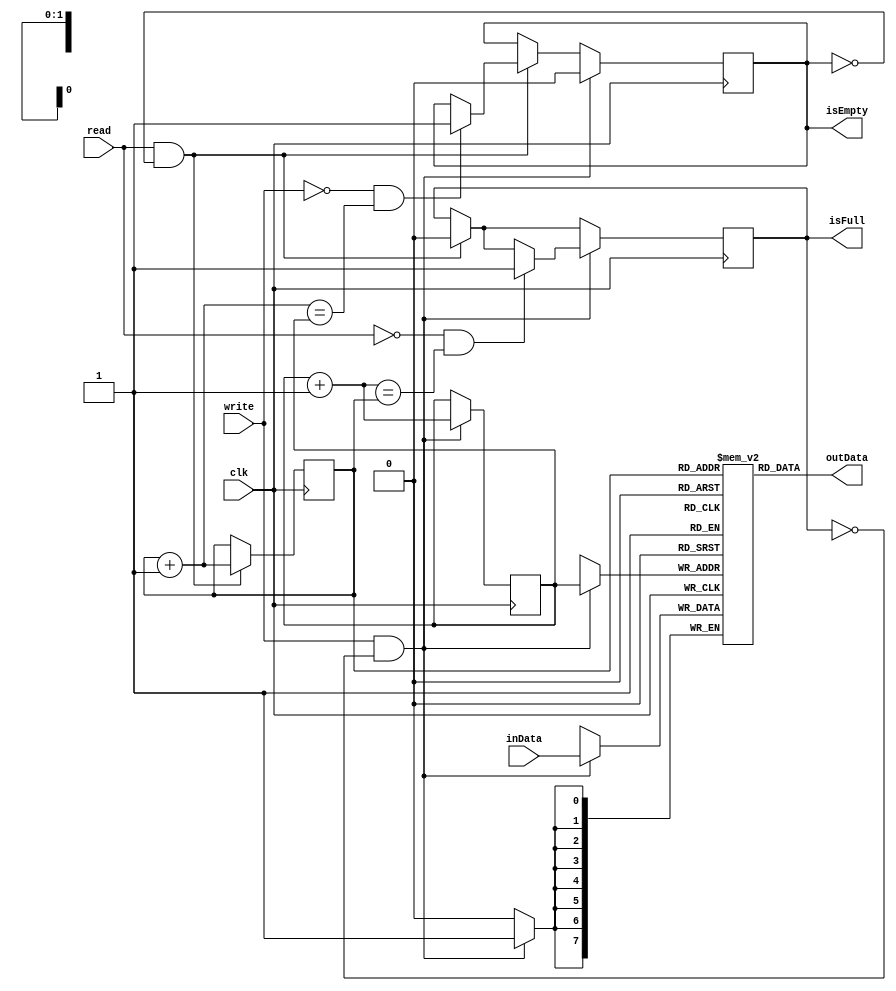
module fifo_n#(parameter DATA_SIZE = 8)
    (input clk, input [DATA_SIZE-1:0] inData, input read, input write, output [DATA_SIZE-1:0] outData, output isFull, output isEmpty);

reg [DATA_SIZE-1:0] regs[3:0];
reg [1:0] readHead;
reg [1:0] writeHead;
reg isEmptyReg;
reg isFullReg;

assign outData = regs[readHead];
assign isEmpty = isEmptyReg;
assign isFull = isFullReg;

wire [1:0] nextReadHead = readHead+1;
wire [1:0] nextWriteHead = writeHead+1;

// It's seems we can't just replace nextReadHead by readHead+1
always @(posedge clk)
begin
    // The MSB of data is not used now so don't print it
    if (read == 1 && isEmptyReg == 0) begin
        $display("%m being read, data %h", regs[readHead][DATA_SIZE-2:0]);
        if (!write && nextReadHead == writeHead) begin
            isEmptyReg <= 1;
        end
        isFullReg <= 0;
        readHead <= nextReadHead;
    end
    if (write == 1 && isFullReg == 0) begin
        $display("%m being write, data %h", inData[DATA_SIZE-2:0]);
        regs[writeHead] <= inData;
        if (!read && nextWriteHead == readHead) begin
            isFullReg <= 1;
        end
        isEmptyReg <= 0;
        writeHead <= nextWriteHead;
    end
end
endmodule